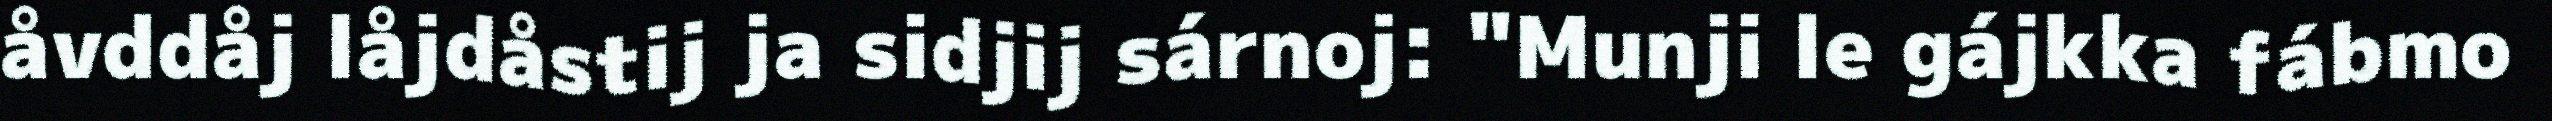
åvddåj låjdåstij ja sidjij sárnoj: "Munji le gájkka fábmo